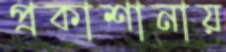
প্রকাশানায়